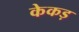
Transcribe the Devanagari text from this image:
केकड़